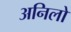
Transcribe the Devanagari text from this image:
अनिलो